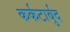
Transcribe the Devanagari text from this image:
कर्कटार्बुद